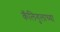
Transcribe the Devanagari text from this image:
कॅलिगुलाच्या